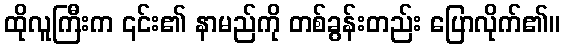
ထိုလူကြီးက ၎င်း၏ နာမည်ကို တစ်ခွန်းတည်း ပြောလိုက်၏။